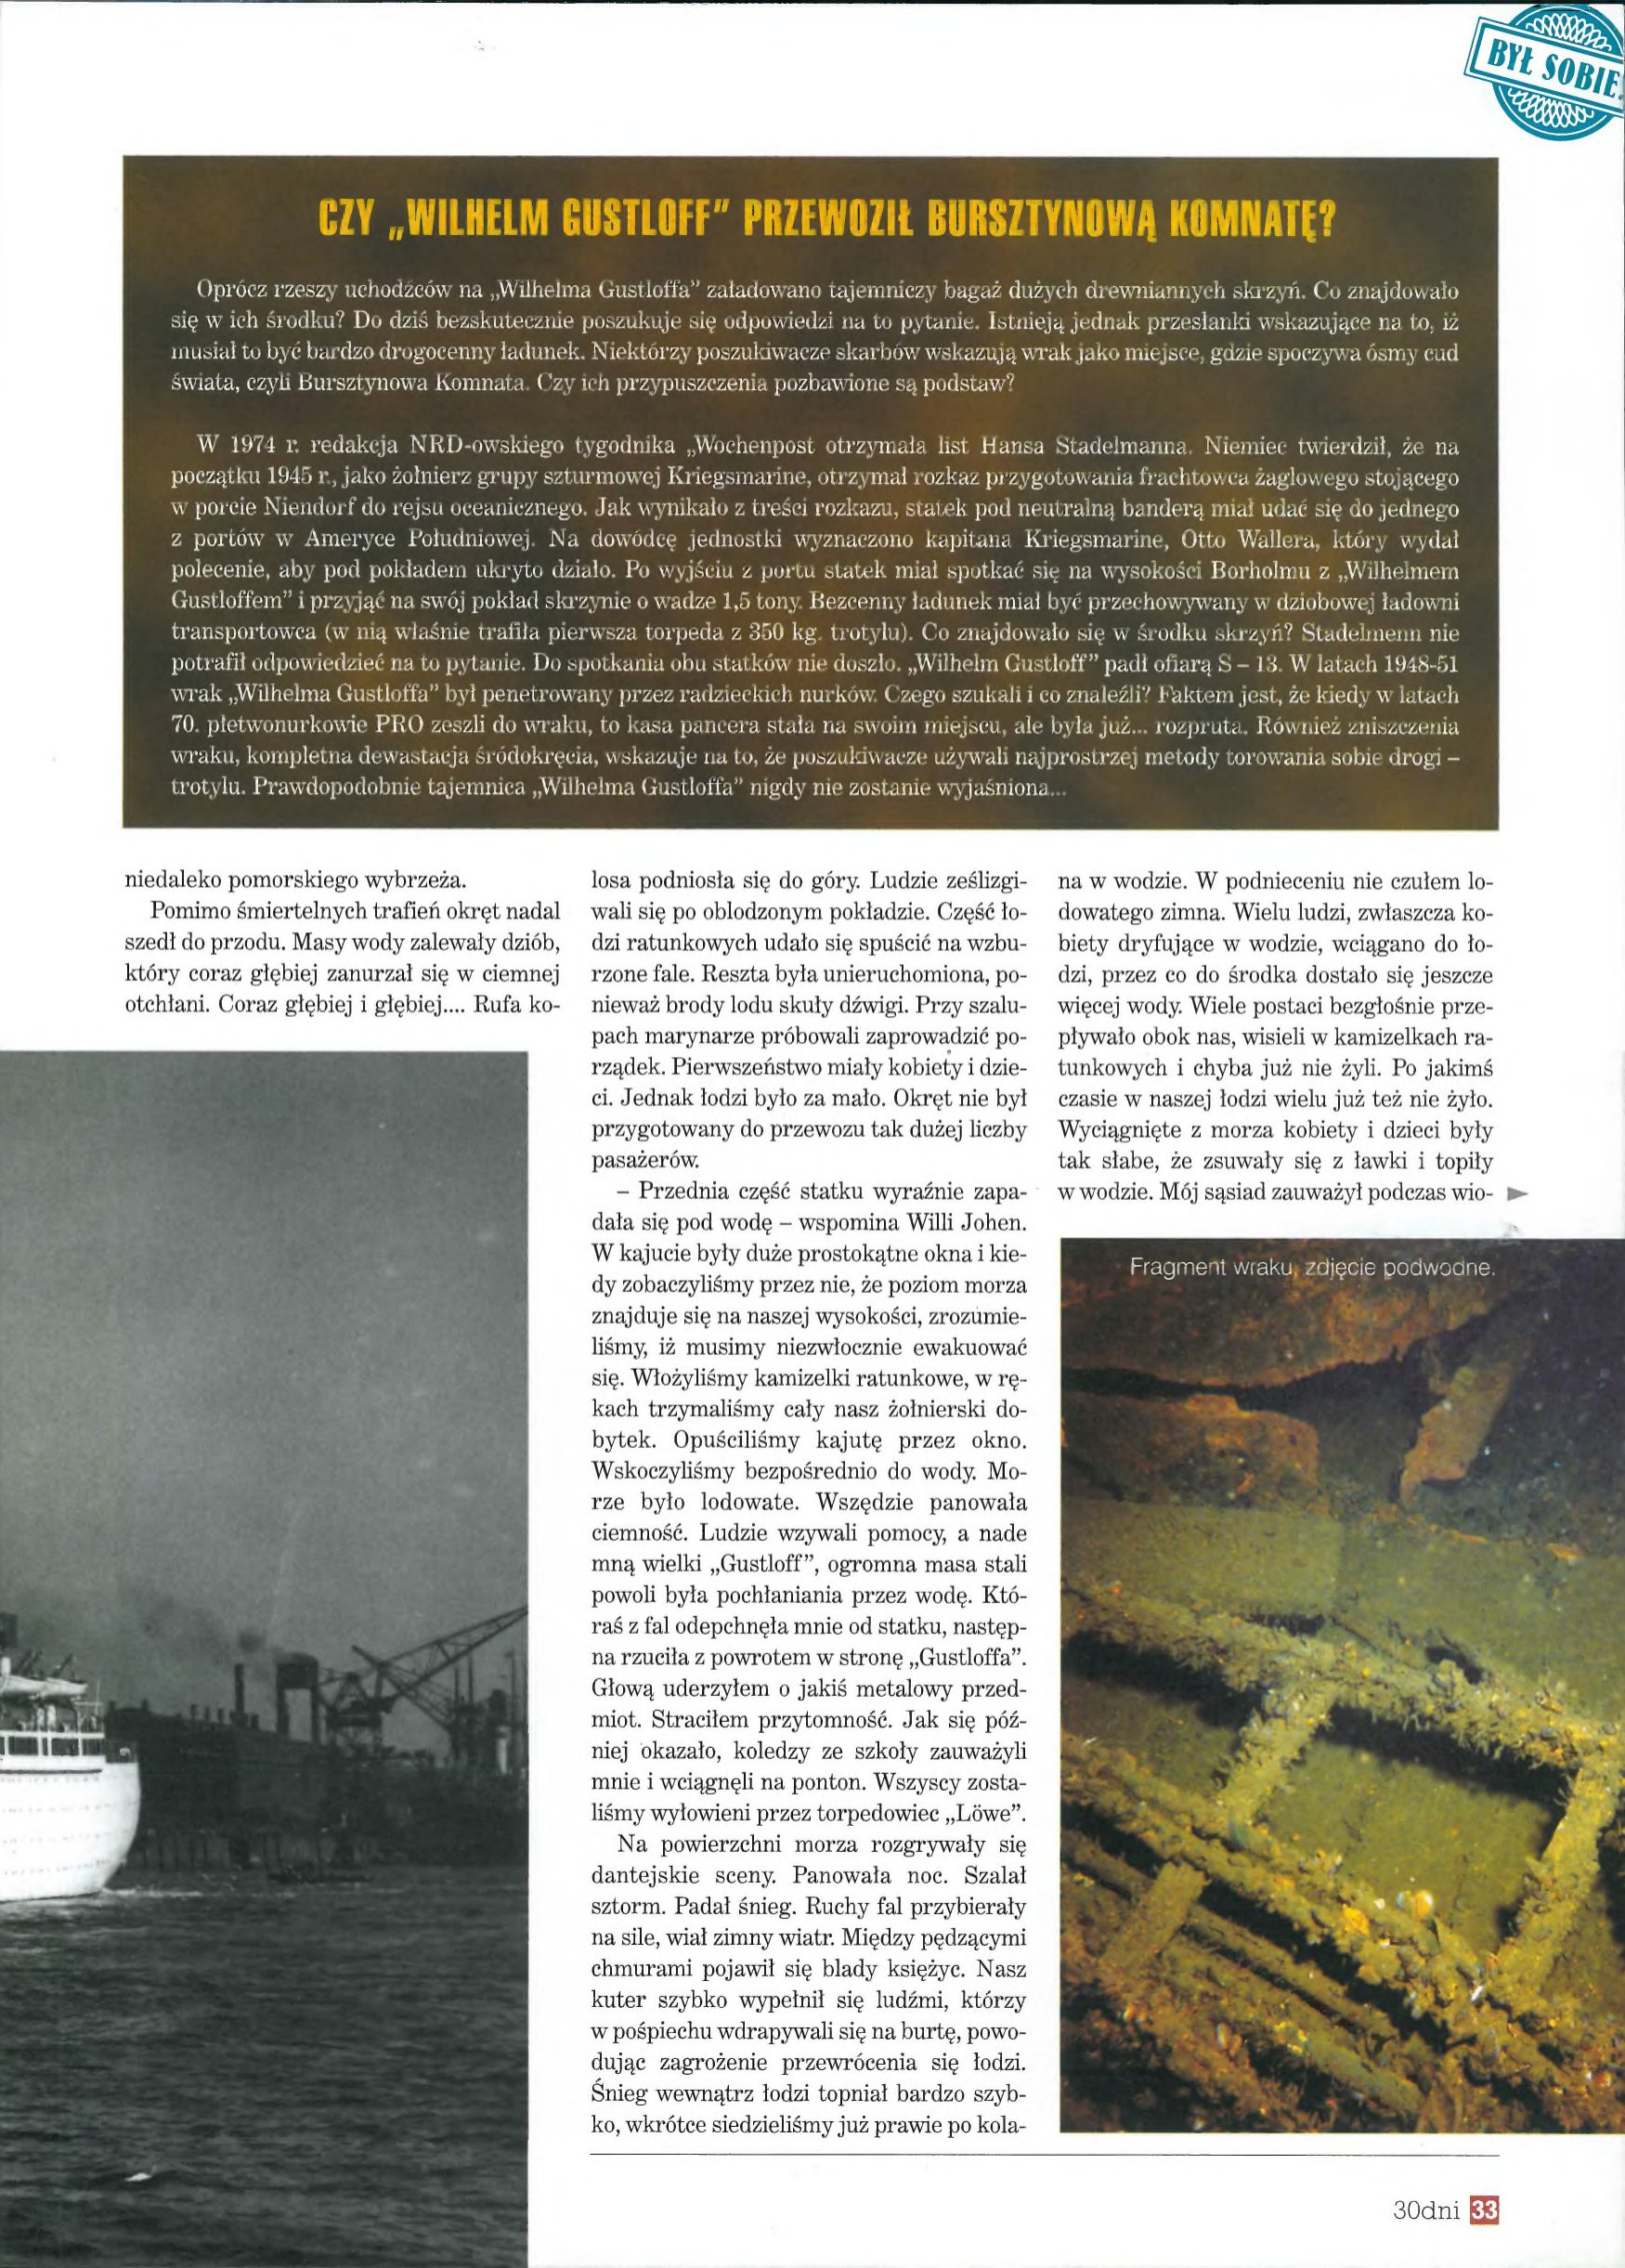
Language: pl